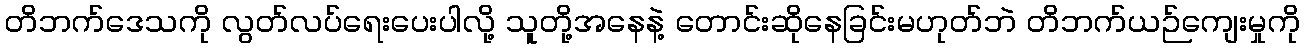
တိဘက်ဒေသကို လွတ်လပ်ရေးပေးပါလို့ သူတို့အနေနဲ့ တောင်းဆိုနေခြင်းမဟုတ်ဘဲ တိဘက်ယဉ်ကျေးမှုကို